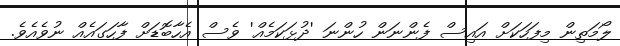
ލޯމަތިން މިފަހަކަށް އައިސް ފެންނަން ހުންނަ 'ދުޅަކަމެއް' ވެސް އެހާބޮޑަށް ފާހަގައެއް ނުވެއެވެ.